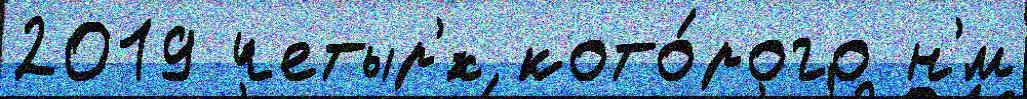
2019 четыр'́х кото́рого н'́м